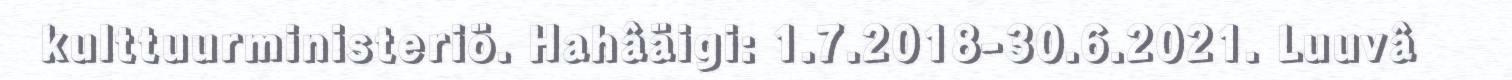
kulttuurministeriö. Hahâäigi: 1.7.2018-30.6.2021. Luuvâ